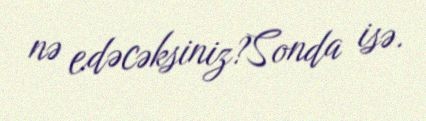
nə edəcəksiniz?Sonda isə.